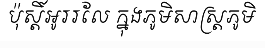
ប៉ុស្តិ៍អូររលែ ក្នុងភូមិសាស្ត្រភូមិ